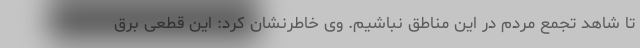
تا شاهد تجمع مردم در این مناطق نباشیم. وی خاطرنشان کرد: این قطعی برق